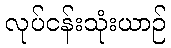
လုပ်ငန်းသုံးယာဉ်